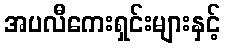
အပလီကေးရှင်းများနှင့်